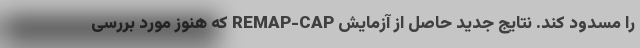
را مسدود کند. نتایج جدید حاصل از آزمایش REMAP-CAP که هنوز مورد بررسی